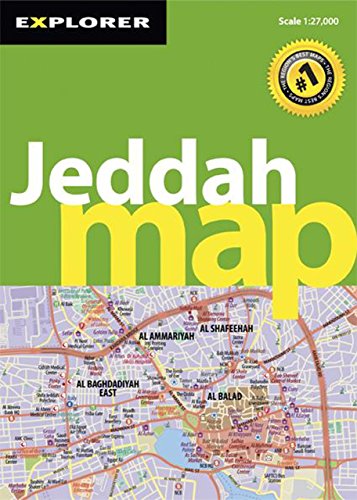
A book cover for Jeddah Map (City Map); Explorer Publishing; Travel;